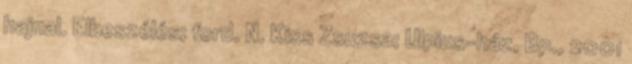
hajnal. Elbeszélés; ford. N. Kiss Zsuzsa; Ulpius-ház, Bp., 2001